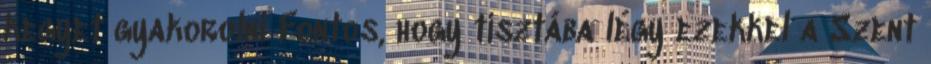
kegyet gyakorolni Fontos, hogy tisztába légy ezekkel a Szent